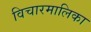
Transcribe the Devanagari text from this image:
विचारमालिका